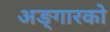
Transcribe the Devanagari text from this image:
अङ्गारको